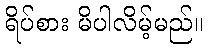
ရိပ်စား မိပါလိမ့်မည်။